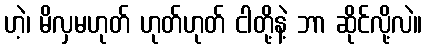
ဟဲ့၊ မိလှမဟုတ် ဟုတ်ဟုတ် ငါတို့နဲ့ ဘာ ဆိုင်လို့လဲ။